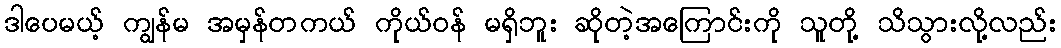
ဒါပေမယ့် ကျွန်မ အမှန်တကယ် ကိုယ်ဝန် မရှိဘူး ဆိုတဲ့အကြောင်းကို သူတို့ သိသွားလို့လည်း